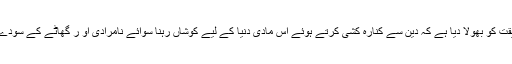
جبکہ ہم نے اس حقیقت کو بھولا دیا ہے کہ دین سے کنارہ کشی کرتے ہوئے اس مادی دنیا کے لیے کوشاں رہنا سوائے نامرادی او ر گھاٹے کے سودے کے کچھ نہیں ہے۔